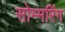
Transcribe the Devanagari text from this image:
सोम्मरिंग